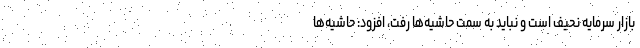
بازار سرمایه نحیف است و نباید به سمت حاشیه‌ها رفت، افزود: حاشیه‌ها